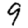
Digit: 9